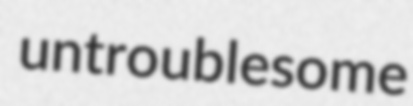
untroublesome